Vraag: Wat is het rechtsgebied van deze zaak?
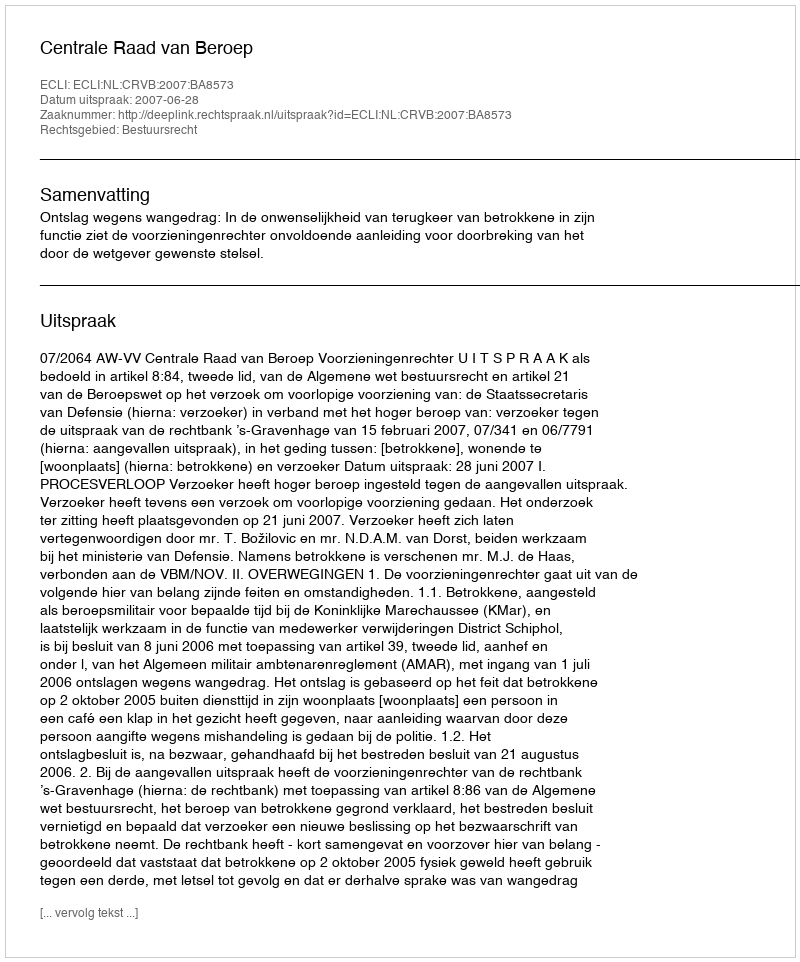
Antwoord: Bestuursrecht